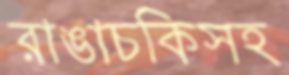
রাঙাচকিসহ